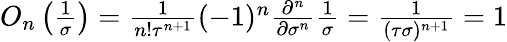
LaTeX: \begin{array}{r}{O_{n}\left(\frac{1}{\sigma}\right)=\frac{1}{n!\tau^{n+1}}(-1)^{n}\frac{\partial^{n}}{\partial\sigma^{n}}\frac{1}{\sigma}=\frac{1}{(\tau\sigma)^{n+1}}=1}\end{array}